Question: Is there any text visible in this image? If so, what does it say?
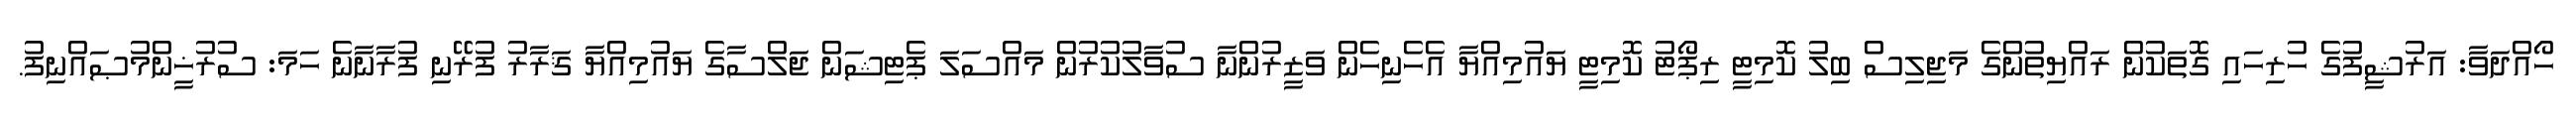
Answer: ހޯއްދަވާ: އަރުޝީފުގެ ހުރިހައި ގޮތަކުން ރައްޔިތުންގެ މަޖިލިސް ބިލު ކޮމިޓީ ރިޕޯޓު ކޮމިޓީ ޔައުމިއްޔާ އެހެނިހެން ވަޒީރުންނާ ސުވާލުކުރުން މައްސަލަ ޕެޓިޝަން ޖަލްސާގެ ޔައުމިއްޔާ ޤަރާރު ފުރޭނި ފުރާނާނެ ހަމަ: ސުރުޚީންމުޞައްނިފު.